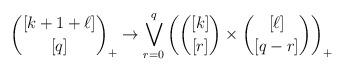
LaTeX: \begin{align*}{[k+1+\ell]\choose [q]}_+ \to \bigvee\limits_{r=0}^q \left({[k]\choose[r]}\times{[\ell]\choose[q-r]}\right)_+\end{align*}